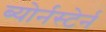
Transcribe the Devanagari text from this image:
ब्योर्नस्टेर्न